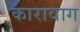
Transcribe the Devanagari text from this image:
कारावाग